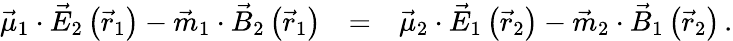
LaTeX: \begin{array}{rlr}{\vec{\mu}_{1}\cdot\vec{E}_{2}\left(\vec{r}_{1}\right)-\vec{m}_{1}\cdot\vec{B}_{2}\left(\vec{r}_{1}\right)}&{=}&{\vec{\mu}_{2}\cdot\vec{E}_{1}\left(\vec{r}_{2}\right)-\vec{m}_{2}\cdot\vec{B}_{1}\left(\vec{r}_{2}\right)\, .}\end{array}